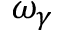
\omega _ { \gamma }